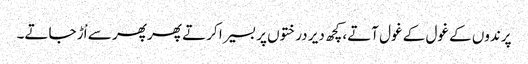
پرندوں کے غول کے غول آتے،کچھ دیر درختوں پر بسیرا کرتے پھر پھر سے اْڑ جاتے۔